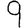
Digit: 9